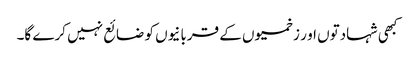
کبھی شہادتوں او ر زخمیوں کے قربانیوں کو ضائع نہیں کرے گا۔